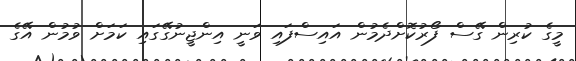
މީގެ ކުރިން ގޭސް ފޯރުކޮށްދެމުން އައިސްފައި ވަނީ އިންޖީނުގޭގައި ކަމަށް ވުމުން އޭގެ